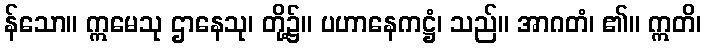
န်သော။ ဣမေသု ဌာနေသု၊ တို့၌။ ပဟာနေကဋ္ဌံ၊ သည်။ အာဂတံ၊ ၏။ ဣတိ၊